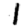
Digit: 1